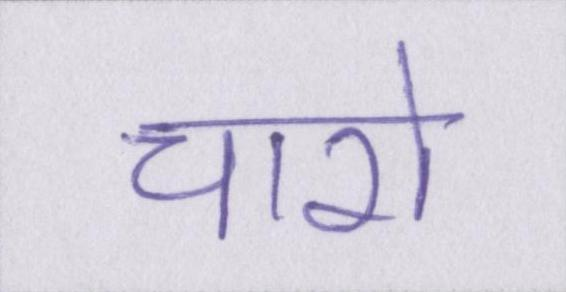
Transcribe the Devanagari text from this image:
चारो